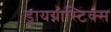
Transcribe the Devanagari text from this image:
डायग्नोस्टिक्स